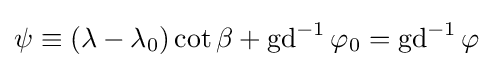
\psi \equiv (\lambda -\lambda _{0})\cot \beta +\operatorname {gd} ^{-1}\varphi _{0}=\operatorname {gd} ^{-1}\varphi